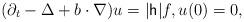
LaTeX: \begin{align*}(\partial_t - \Delta + b \cdot \nabla) u=|\mathsf{h}|f, u(0)=0,\end{align*}